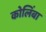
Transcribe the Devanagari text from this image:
कोलिंबा